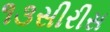
૧૩સીરીસ